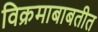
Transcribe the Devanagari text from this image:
विक्रमाबाबतीत